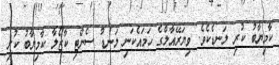
ކާމިޔާބު ކުރި ލަނޑެކެވެ. ވިޔަރޭއާލްގެ ހަމައެކަނި ލަނޑު ސެންޓި ކާޒޯލާ ކާމިޔާބު ކުރި